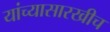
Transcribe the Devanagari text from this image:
यांच्यासारखीच